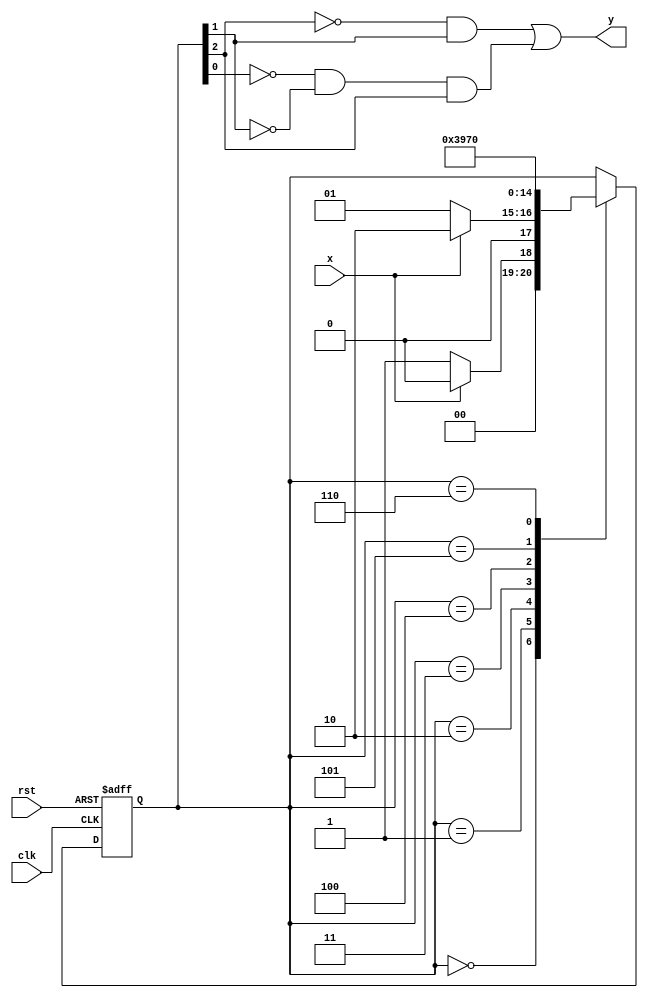
module problem2(x,y,clk,rst);
input x,clk,rst;
output y;
reg [2:0]state;
parameter S0=3'b000,S1=3'b001,S2=3'b010,S3=3'b011,S4=3'b100,S5=3'b101,S6=3'b110;
always@(posedge clk,negedge rst)
    if(rst==0)state<=S0;
    else case(state)
        S0:if(~x)state<=S1;else state<=S0;
        S1:if(x)state<=S2;else state<=S1;
        S2:state<=S3;
        S3:state<=S4;
        S4:state<=S5;
        S5:state<=S6;
        S6:state<=S0;
    endcase
    assign y=((~state[2]&state[1])|(~state[0]&~state[1]&state[2]));
endmodule